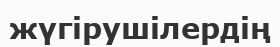
жүгірушілердің